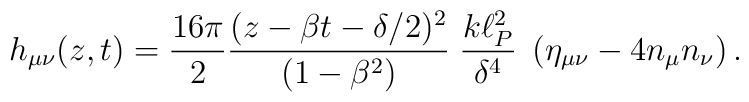
h_{\mu\nu}(z,t) =  {16\pi\over2}{(z-\beta t - \delta/2)^2 \over (1-\beta^2)}                 \;{k \ell_P^2 \over \delta^4}                 \;\left(\eta_{\mu\nu} - 4 n_\mu n_\nu \right).